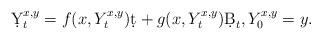
LaTeX: \begin{align*} \d Y_t^{x,y}=f(x,Y_t^{x,y})\d t+g(x,Y_t^{x,y})\d B_t,Y_0^{x,y}=y. \end{align*}